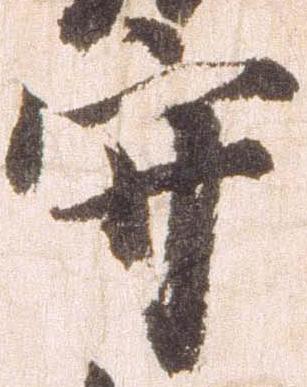
守